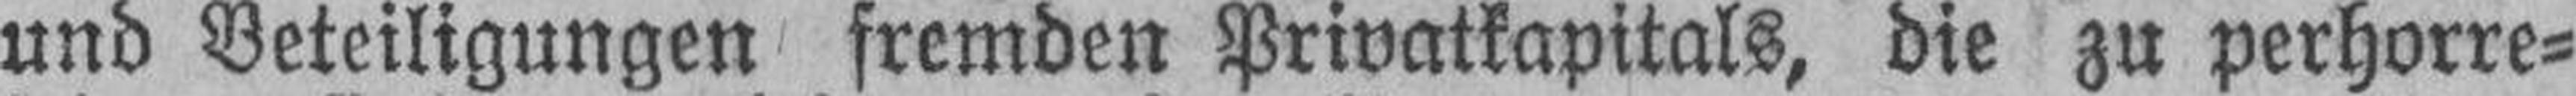
und Beteiligungen fremden Privatkapitals, die zu perhorre¬